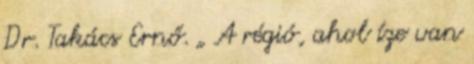
Dr. Takács Ernő. „ A régió, ahol íze van